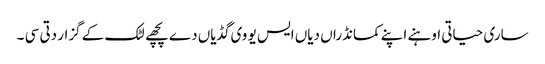
ساری حیاتی اوہنے اپنے کمانڈراں دیاں ایس یو وی گڈیاں دے پچھے لٹک کے گزار دتی سی ۔